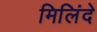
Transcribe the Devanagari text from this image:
मिलिंदे